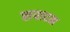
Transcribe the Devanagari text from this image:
सपादन